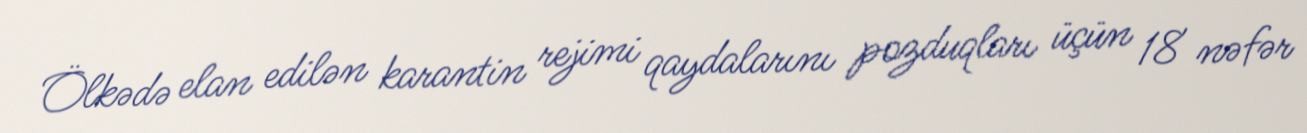
Ölkədə elan edilən karantin rejimi qaydalarını pozduqları üçün 18 nəfər